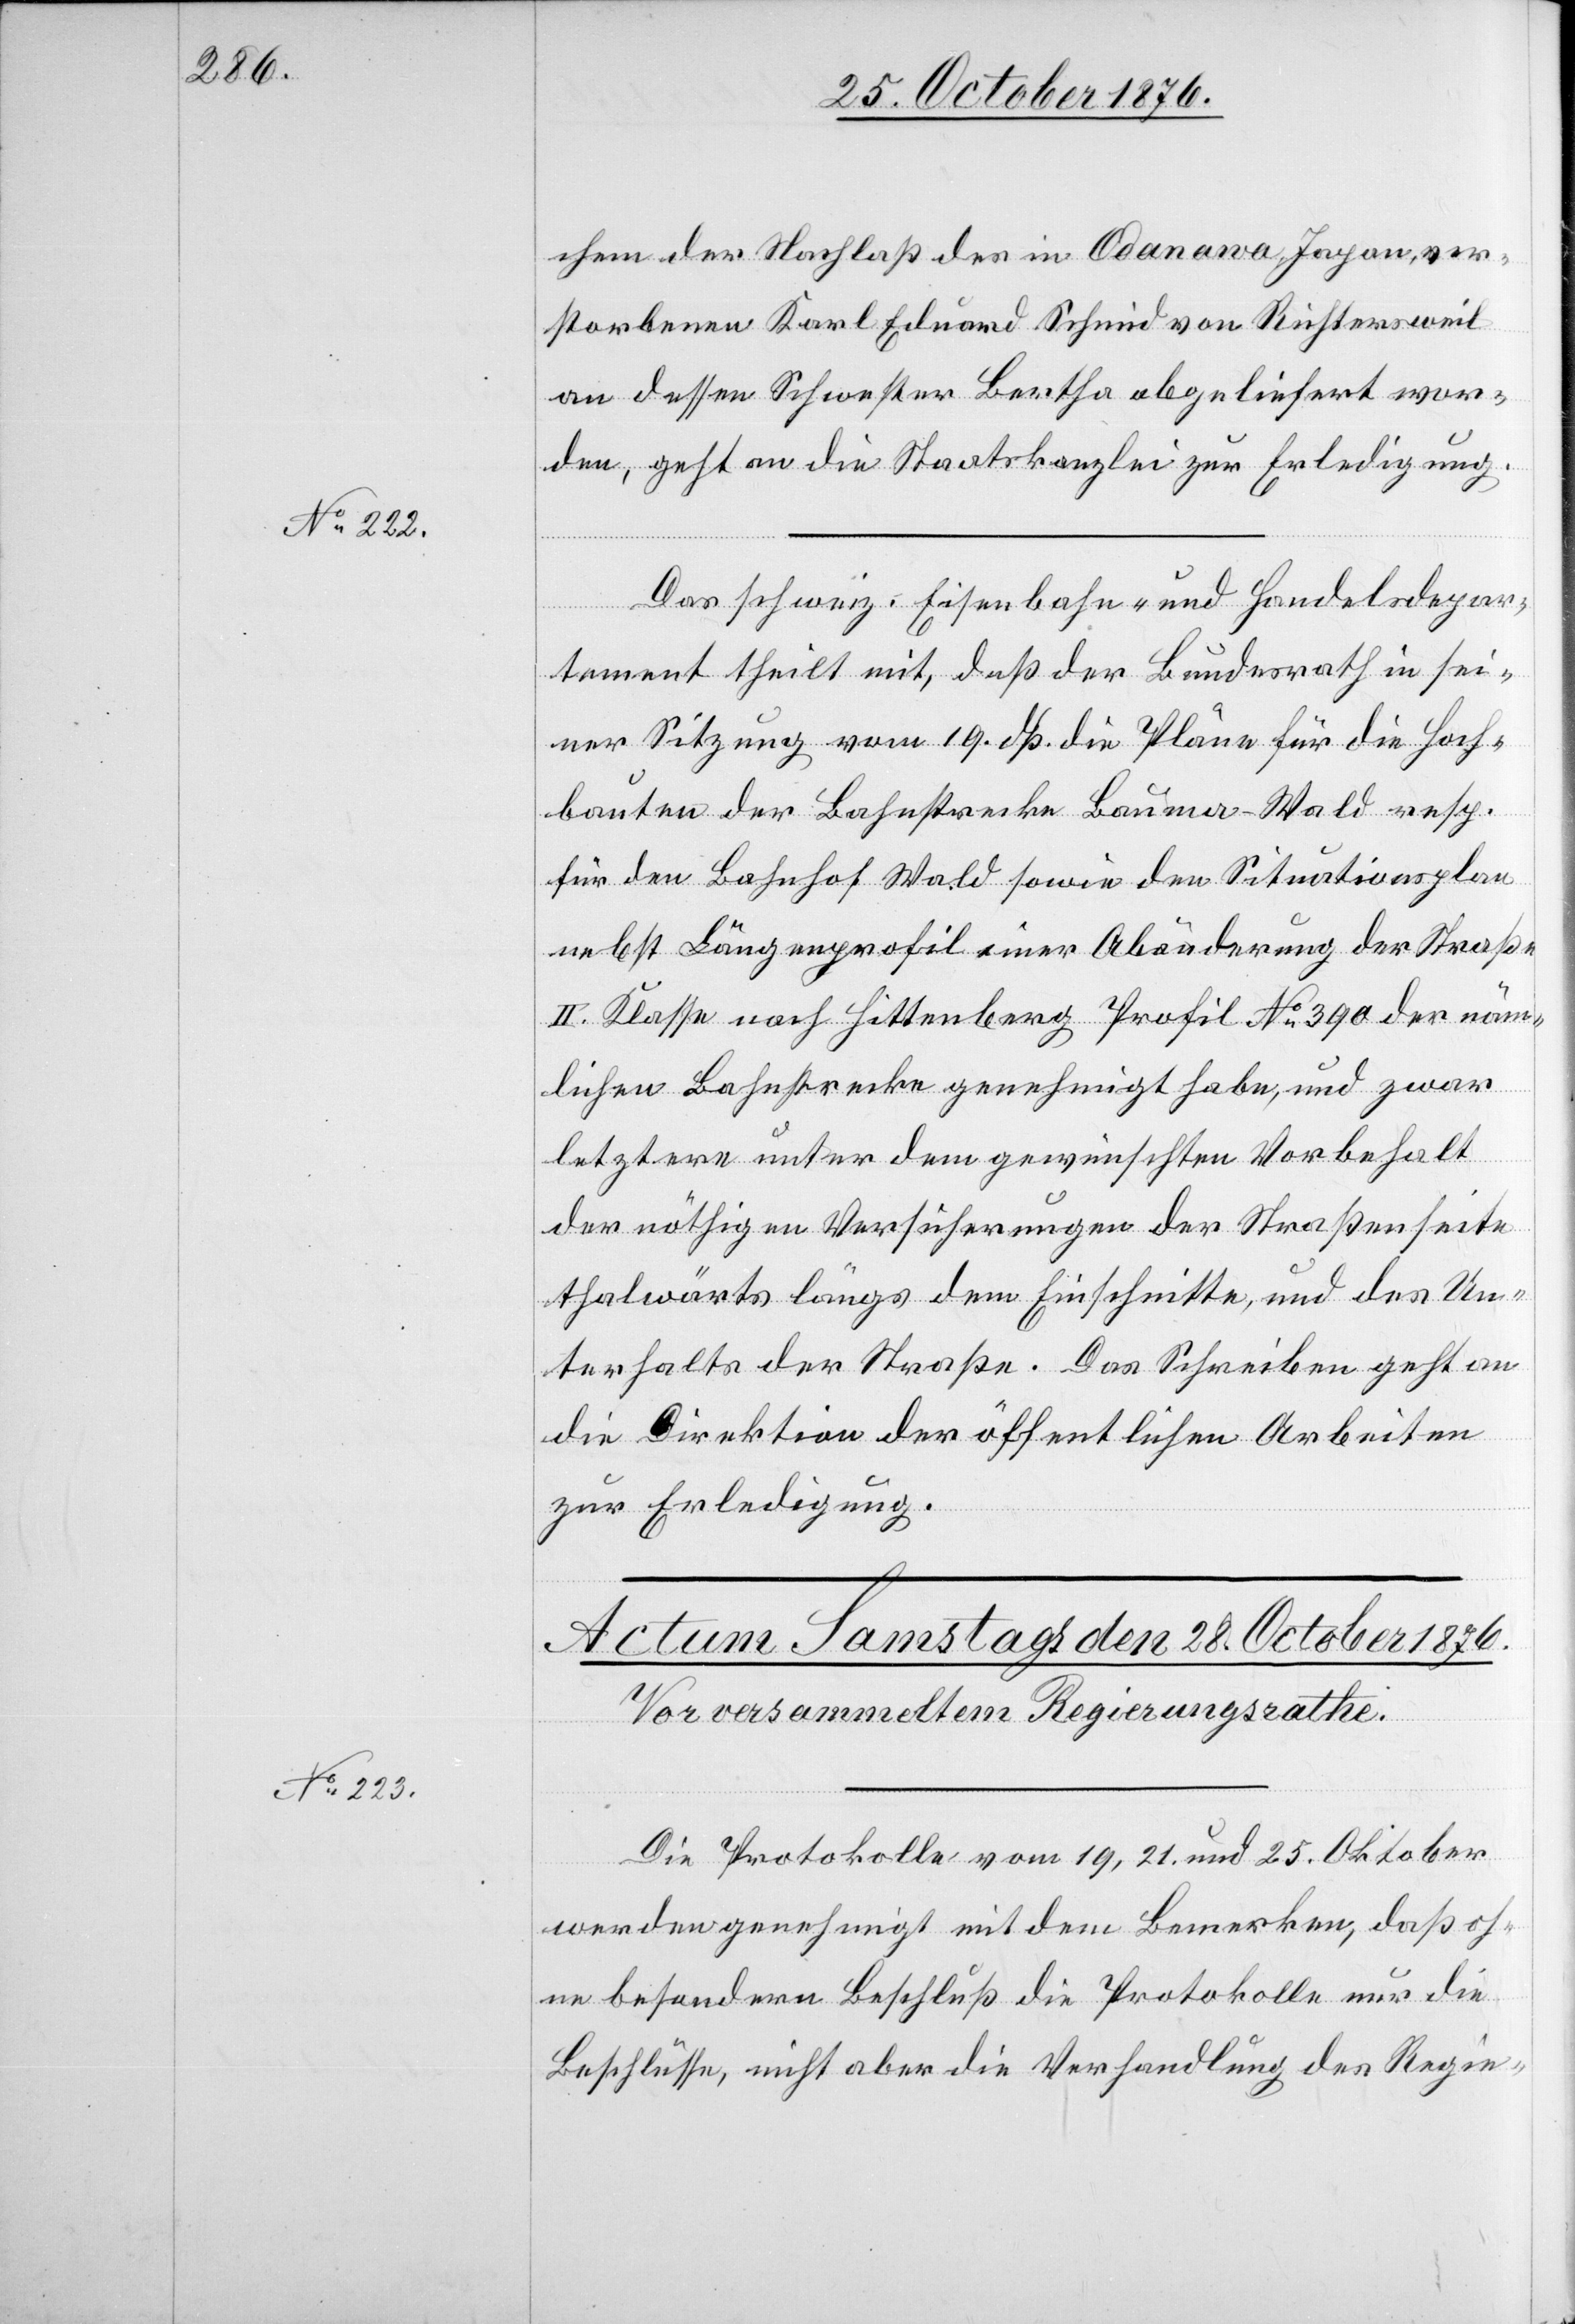
27. October 1876.]
chem der Nachlaß des in Odanawa, Japan, ver¬
storbenen Karl Eduard Schmid von Richtersweil
an dessen Schwester Bertha abgeliefert wor¬
den, geht an die Staatskanzlei zur Erledigung.
Das schweiz. Eisenbahn- und Handelsdepar¬
tement theilt mit, daß der Bundesrath in sei¬
ner Sitzung vom 19. dß. die Pläne für die Hoch¬
bauten der Bahnstrecke Bauma–Wald resp.
für den Bahnhof Wald sowie den Situationsplan
nebst Längenprofil einer Abänderung der Straße
II. Klasse nach Hittenberg Profil No 390 der näm¬
lichen Bahnstrecke genehmigt habe, und zwar
letztere unter dem gewünschten Vorbehalt
der nöthigen Versicherungen der Straßenseite
thalwärts längs dem Einschnitte, und des Un¬
terhalts der Straße. Das Schreiben geht an
die Direktion der öffentlichen Arbeiten
zur Erledigung.
Die Protokolle vom 19., 21. und 25. Oktober
werden genehmigt mit dem Bemerken, daß oh¬
ne besondern Beschluß die Protokolle nur die
Beschlüsse, nicht aber die Verhandlung des Regie-